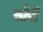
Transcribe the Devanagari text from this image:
सौपीं